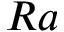
R a